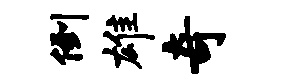
倒雄奇